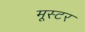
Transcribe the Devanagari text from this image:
मूस्टर